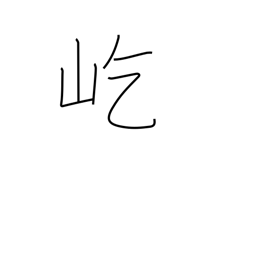
Meaning: towering mountains